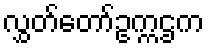
လွှတ်တော်ဥက္ကဌက